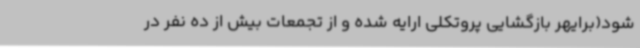
شود(برایهر بازگشایی پروتکلی ارایه شده و از تجمعات بیش از ده نفر در